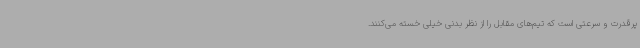
پرقدرت و سرعتی است که تیم‌های مقابل را از نظر بدنی خیلی خسته می‌کنند.